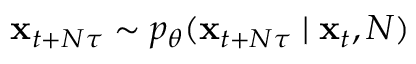
\mathbf { x } _ { t + N \tau } \sim p _ { \boldsymbol \theta } ( \mathbf { x } _ { t + N \tau } \mid \mathbf { x } _ { t } , N )